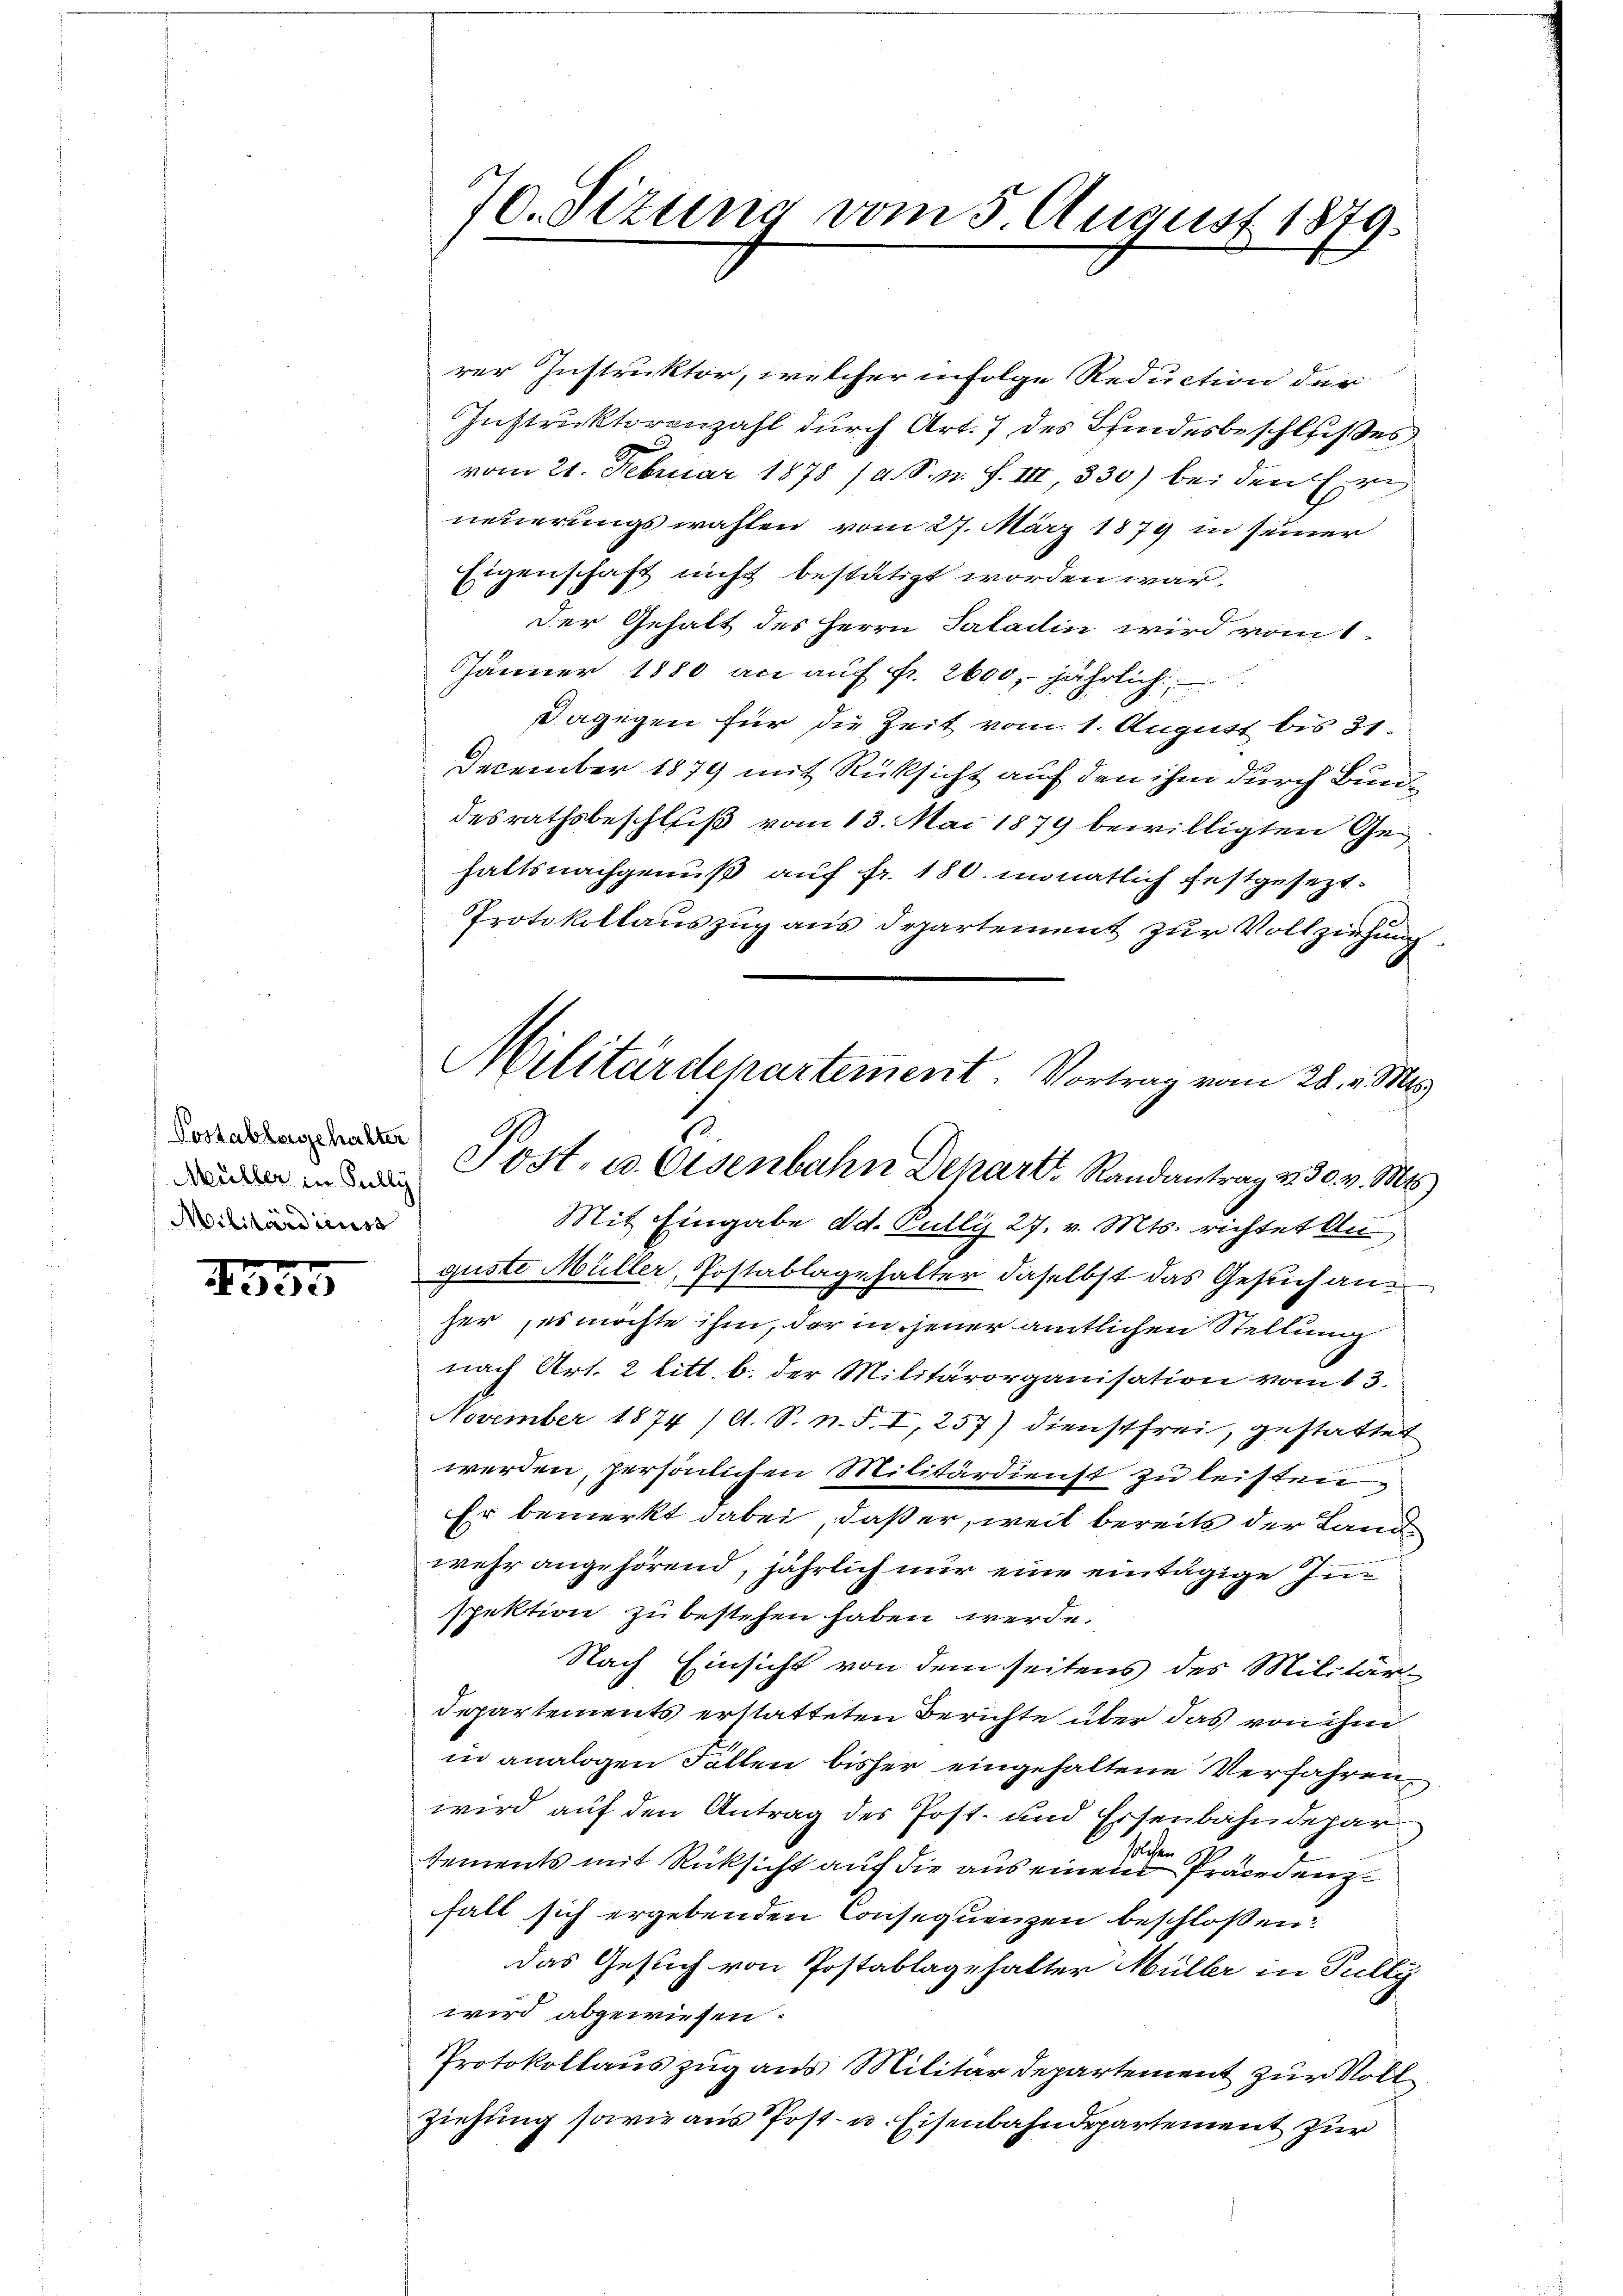
Postablagehalter
Müller in Pully
Militärdienst

555

rer Instruktor, welcher infolge Reduction der
Instruktorenzahl durch Art. 7 des Bindesbeschlußes
vom 21. Februar 1878 (a. S. n. F. III 330) bei den Ern
neuerungswahlen vom 27. März 1879 in seiner
Eigenschaft nicht bestätigt worden war.
der Gehalt des Herrn Patadin wird vom 1.
Jänner 1880 an auf Fr. 2600 jährlich
Dagegen für die Zeit vom 1. August bis 31.
December 1879 mit Rüksicht auf den ihm durch Bundesrathsbeschluß vom 13. Mai 1879 bewilligten Gehaltsnachgenuß auf fr. 180. monatlich festgesezt.
Protokollauszug aus Departement zur Vollziehung
Mit Eingabe d. d. Pully 27. v. Mts. richtet Anguste Müller, Postablagehalter daselbst das Gesuch anher, es möchte ihm, der in jener amtlichen Stellung
nach Art. 2 litt. b. der Militärorganisation vom 13.
November 1874 / A. S. n. F. I, 257) Dienstfrei, gestattet
werden, persönlichen Militärdienst zu leisten
Er bemerkt dabei, daß er, weil bereits der Landwehr angehörend, jährlich nur eine eintägige In
spektion zu bestehen haben werde.
Nach Einsicht von dem seitens des Militär¬
Departements erstatteten Berichte über das von ihm
in analogen Fallen bisher eingehaltene Verfahren,
wird auf den Antrag des Post- und Eisenbahndepar
1.
tements mit Rücksicht auf die aus einem Präcedenzfall sich ergebenden Consequenzen beschlossen:
das Gesuch von Postablagehalter Müller in Pully
wird abgewiesen.
Protokollauszug aus Militärdepartement zur Vollziehung sowie aus Post- u. Eisenbahndepartement zur

70. Sizung vom 5 August 1879.
u

Militärdepartement. Vortrag vom 28. v. Mts.
Post. u. Eisenbahn Dehart, Randantrag v. 30. v. Mt